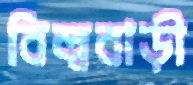
বিল্ববাড়ী